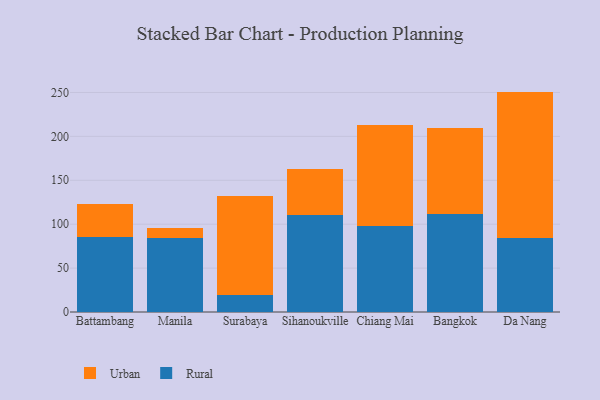
{"axis": {"x": "City", "y": "Conversion Rate (%)"}, "legend": ["Rural", "Urban"], "data": [{"x": "Battambang", "y": 85.6, "type": "Rural"}, {"x": "Battambang", "y": 37.2, "type": "Urban"}, {"x": "Manila", "y": 83.8, "type": "Rural"}, {"x": "Manila", "y": 11.7, "type": "Urban"}, {"x": "Surabaya", "y": 19.2, "type": "Rural"}, {"x": "Surabaya", "y": 112.7, "type": "Urban"}, {"x": "Sihanoukville", "y": 110.6, "type": "Rural"}, {"x": "Sihanoukville", "y": 51.8, "type": "Urban"}, {"x": "Chiang Mai", "y": 97.6, "type": "Rural"}, {"x": "Chiang Mai", "y": 114.8, "type": "Urban"}, {"x": "Bangkok", "y": 111.7, "type": "Rural"}, {"x": "Bangkok", "y": 97.9, "type": "Urban"}, {"x": "Da Nang", "y": 83.8, "type": "Rural"}, {"x": "Da Nang", "y": 167.2, "type": "Urban"}]}